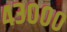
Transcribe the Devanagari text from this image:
४३०००